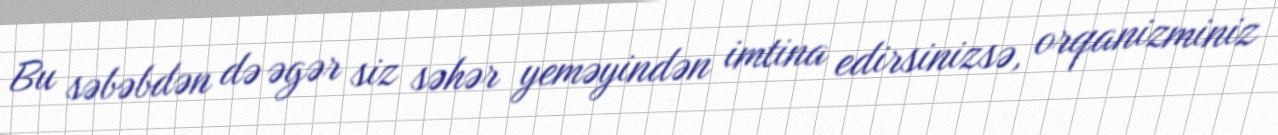
Bu səbəbdən də əgər siz səhər yeməyindən imtina edirsinizsə, orqanizminiz